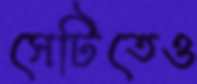
সেটিতেও